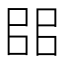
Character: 𰀦